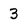
Character: 3